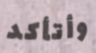
وأتأكد